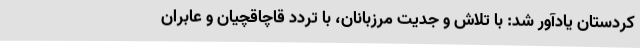
کردستان یادآور شد: با تلاش و جدیت مرزبانان، با تردد قاچاقچیان و عابران